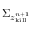
\Sigma _ { z _ { \mathrm { k i l l } } ^ { n + 1 } }